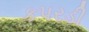
કપરડી